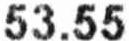
53.55